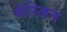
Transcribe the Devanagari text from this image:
मेग्जिन